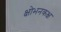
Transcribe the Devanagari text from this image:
क्षोभनकक्ष